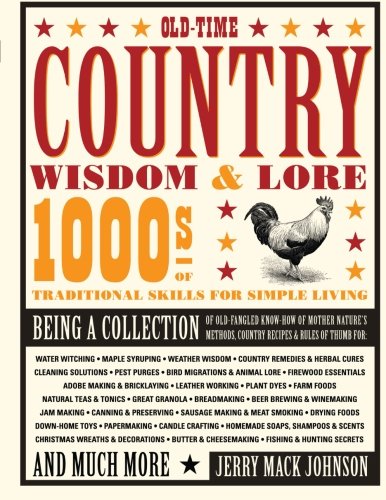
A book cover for Old-Time Country Wisdom & Lore: 1000s of Traditional Skills for Simple Living; Jerry Mack Johnson; Reference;